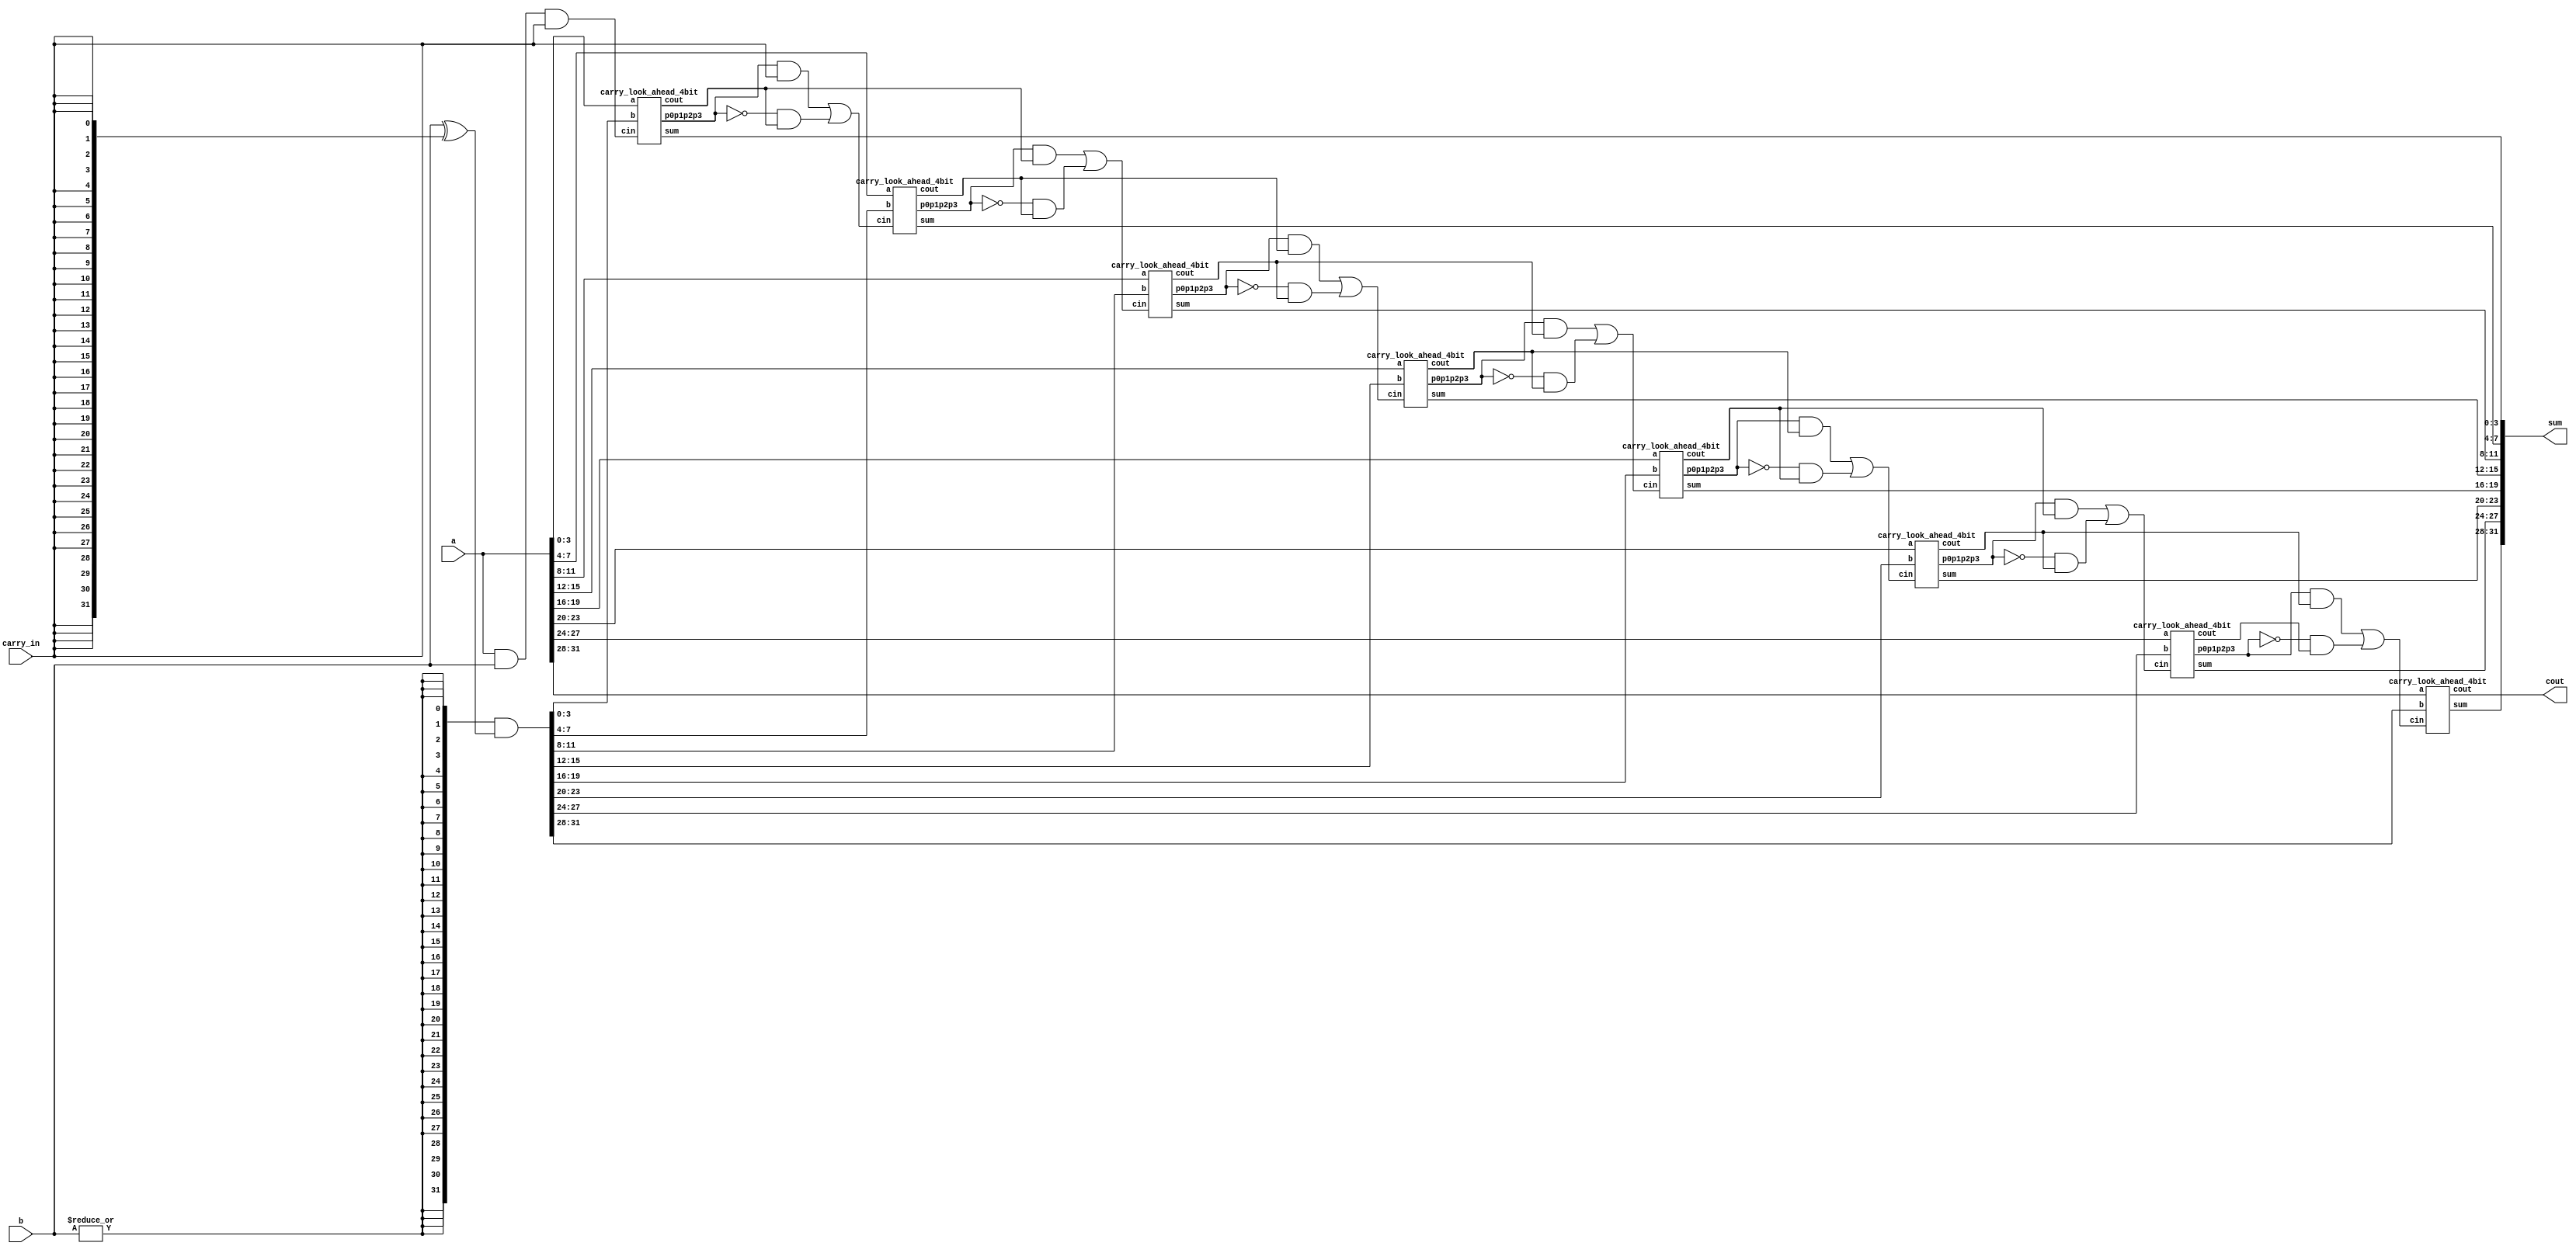
///////////////////////////////////////////////////////////
//32-bit Carry Look Ahead Adder 
///////////////////////////////////////////////////////////

`timescale 1ns / 1ps
module carry_look_ahead_32bit(a,b, carry_in, sum,cout);
input [31:0] a,b;
input carry_in;
output [31:0] sum;
output cout;
wire c1,c2,c3,c4,c5,c6,c7;
  wire [31:0] b_int;
  wire [6:0]p;
  wire c1_p,c2_p,c3_p,c4_p,c5_p,c6_p,c7_p;

  assign b_int = {32{|b}} & (b ^ {32{carry_in}});// negate b for subtraction unless b=32'b0
  carry_look_ahead_4bit cla1 (.a(a[3:0]), .b(b_int[3:0]), .cin((a && b && carry_in)), .sum(sum[3:0]), .cout(c1),.p0p1p2p3(p[0]));
  
  assign c1_p = (p[0] & carry_in) || ((!p[0]) & c1);//mux for carry propogation
  carry_look_ahead_4bit cla2 (.a(a[7:4]), .b(b_int[7:4]), .cin(c1_p), .sum(sum[7:4]), .cout(c2),.p0p1p2p3(p[1]));
  
  assign c2_p = (p[1] & c1) || ((~p[1])&c2);
  carry_look_ahead_4bit cla3(.a(a[11:8]), .b(b_int[11:8]), .cin(c2_p), .sum(sum[11:8]), .cout(c3),.p0p1p2p3(p[2]));
  
  assign c3_p = (p[2] & c2) || ((~p[2])&c3);
  carry_look_ahead_4bit cla4(.a(a[15:12]), .b(b_int[15:12]), .cin(c3_p), .sum(sum[15:12]), .cout(c4),.p0p1p2p3(p[3]));
  
  assign c4_p = (p[3] & c3) || ((~p[3])&c4);
  carry_look_ahead_4bit cla5 (.a(a[19:16]), .b(b_int[19:16]), .cin(c4_p), .sum(sum[19:16]), .cout(c5),.p0p1p2p3(p[4]));
  
  assign c5_p = (p[4] & c4) || ((~p[4])&c5);
  carry_look_ahead_4bit cla6 (.a(a[23:20]), .b(b_int[23:20]), .cin(c5_p), .sum(sum[23:20]), .cout(c6),.p0p1p2p3(p[5]));
  
  assign c6_p = (p[5] & c5) || ((~p[5])&c6);
  carry_look_ahead_4bit cla7(.a(a[27:24]), .b(b_int[27:24]), .cin(c6_p), .sum(sum[27:24]), .cout(c7),.p0p1p2p3(p[6]));
  
  assign c7_p = (p[6] & c6) || ((~p[6])&c7);
  carry_look_ahead_4bit cla8(.a(a[31:28]), .b(b_int[31:28]), .cin(c7_p), .sum(sum[31:28]), .cout(cout));
endmodule

////////////////////////////////////////////////////////
//4-bit Carry Look Ahead Adder 
////////////////////////////////////////////////////////

module carry_look_ahead_4bit(a,b, cin, sum,cout,p0p1p2p3);
input [3:0] a,b;
input cin;
output [3:0] sum;
output cout;
  output p0p1p2p3;
  wire [3:0] p,g,c;

assign p=a^b;//propagate
assign g=a&b; //generate

//carry=gi + Pi.ci

assign c[0]=cin;
assign c[1]= g[0]|(p[0]&c[0]);
assign c[2]= g[1] | (p[1]&g[0]) | p[1]&p[0]&c[0];
assign c[3]= g[2] | (p[2]&g[1]) | p[2]&p[1]&g[0] | p[2]&p[1]&p[0]&c[0];
assign cout= g[3] | (p[3]&g[2]) | p[3]&p[2]&g[1] | p[3]&p[2]&p[1]&g[0] | p[3]&p[2]&p[1]&p[0]&c[0];
assign sum=p^c;
  assign p0p1p2p3=p[0]&p[1]&p[2]&p[3];

endmodule